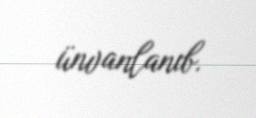
ünvanlanıb.